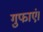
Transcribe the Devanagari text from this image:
गुफाएं।